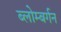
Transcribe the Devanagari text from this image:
ब्लोम्बर्गन